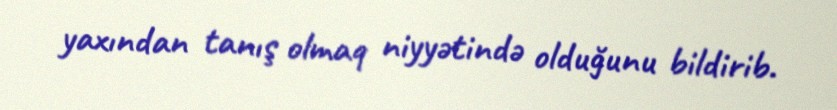
yaxından tanış olmaq niyyətində olduğunu bildirib.